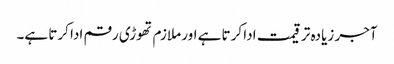
آجر زیادہ تر قیمت ادا کرتا ہے اور ملازم تھوڑی رقم ادا کرتا ہے۔